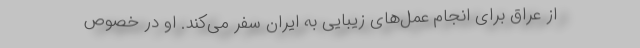
از عراق برای انجام عمل‌های زیبایی به ایران سفر می‌کند. او در خصوص